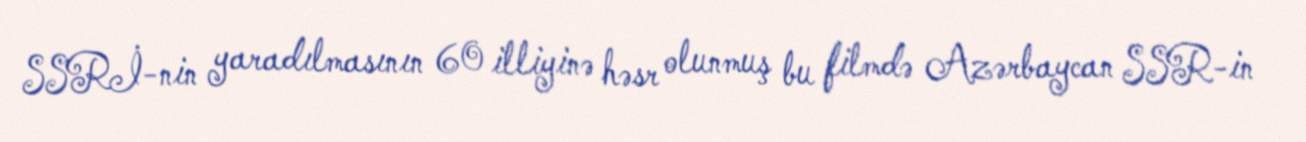
SSRİ-nin yaradılmasının 60 illiyinə həsr olunmuş bu filmdə Azərbaycan SSR-in